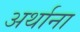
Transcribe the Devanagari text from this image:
अर्थाना